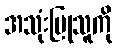
အသုံးပြုသူကို